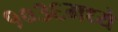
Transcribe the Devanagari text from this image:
१०३६मध्ये